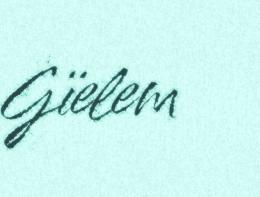
Gïelem